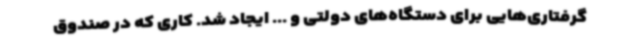
گرفتاری‌هایی برای دستگاه‌های دولتی و ... ایجاد شد. کاری که در صندوق